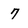
Character: 7